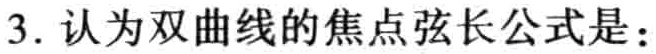
3. 认为双曲线的焦点弦长公式是：